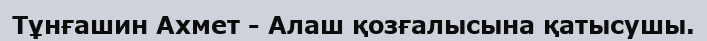
Тұнғашин Ахмет - Алаш қозғалысына қатысушы.